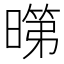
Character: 𭧞